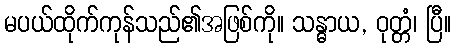
မပယ်ထိုက်ကုန်သည်၏အဖြစ်ကို။ သန္ဓာယ, ဝုတ္တံ၊ ပြီ။